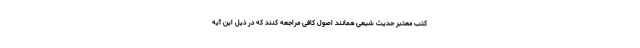
کتب معتبر حدیث شیعی همانند اصول کافی مراجعه کنند که در ذیل این آیه